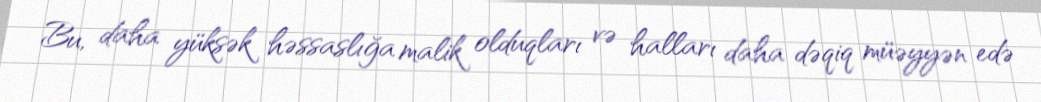
Bu, daha yüksək həssaslığa malik olduqları və halları daha dəqiq müəyyən edə